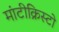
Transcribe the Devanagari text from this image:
मांटीक्रिस्टो